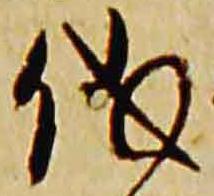
儀